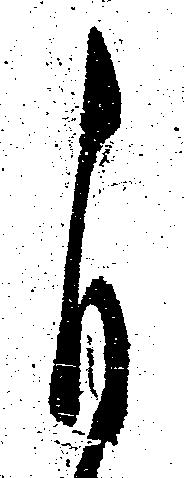
自